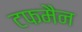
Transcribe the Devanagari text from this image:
टफमैन